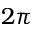
2 \pi